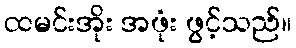
ထမင်းအိုး အဖုံး ဖွင့်သည်။